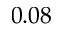
0 . 0 8